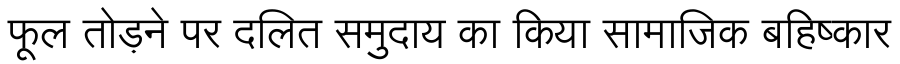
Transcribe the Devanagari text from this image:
फूल तोड़ने पर दलित समुदाय का किया सामाजिक बहिष्कार